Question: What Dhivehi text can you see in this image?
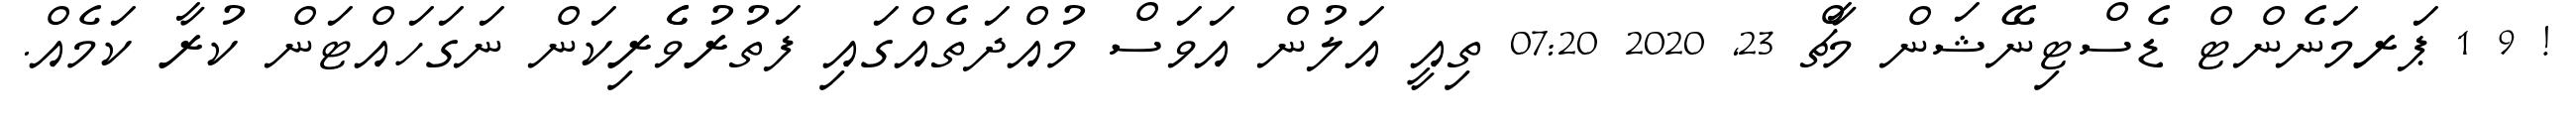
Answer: ! 9 1 ޕަރމަނެންޓް ޑެސްޓިނޭޝަން މާޗް 23, 2020 07:20 ތިއީ އަލުން އަވަސް މުއްދަތެއްގައި ފަތުރުވެެރިކަން ނަގަހައްޓަން ކުރާ ކަމެއް.